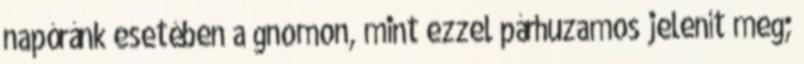
napóránk esetében a gnomon, mint ezzel párhuzamos jelenít meg;